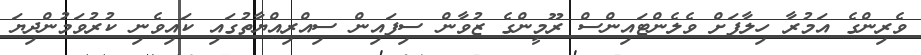
ވެރިންގެ އަމުރާ ހިލާފަށް ވެލެންޓައިންސް ރޫމީންގެ ޒުވާން ސިފައިން ސިއްރިއްޔާތުގައި ކައިވެނި ކުރުވަމުންދިޔަ